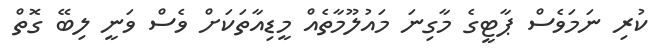
ކުރި ނަމަވެސް ޕާޓީގެ މާގިނަ މައުލޫމާތެއް މީޑިއާތަކަށް ވެސް ވަނީ ލިބޭ ގޮތް